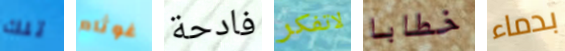
تلك غوثام فادحة لاتفكر خطابا بدماء